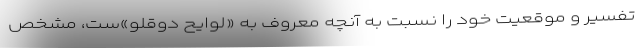
تفسیر و موقعیت خود را نسبت به آنچه معروف به «لوایح دوقلو»ست، مشخص